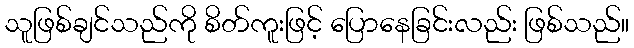
သူဖြစ်ချင်သည်ကို စိတ်ကူးဖြင့် ပြောနေခြင်းလည်း ဖြစ်သည်။